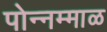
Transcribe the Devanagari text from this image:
पोन्नम्माळ